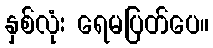
နှစ်လုံး ရေမပြတ်ပေ။